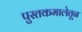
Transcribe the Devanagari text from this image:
पुस्तकमालेतून